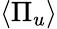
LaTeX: \left\langle\Pi_{u}\right\rangle